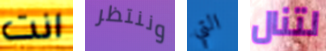
انت وننتظر التي لتنال